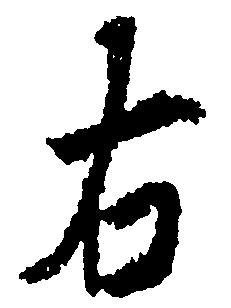
右